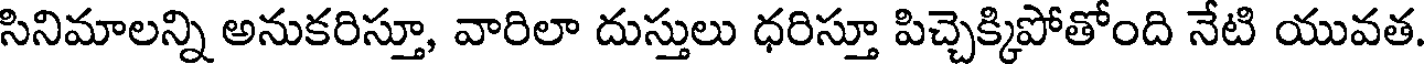
సినిమాలన్ని అనుకరిస్తూ, వారిలా దుస్తులు ధరిస్తూ పిచ్చెక్కిపోతోంది నేటి యువత